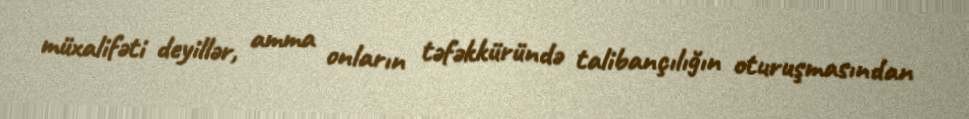
müxalifəti deyillər, amma onların təfəkküründə talibançılığın oturuşmasından